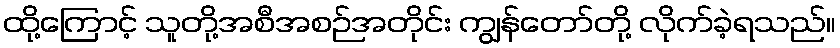
ထို့ကြောင့် သူတို့အစီအစဉ်အတိုင်း ကျွန်တော်တို့ လိုက်ခဲ့ရသည်။